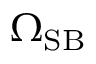
\Omega _ { \mathrm { S B } }